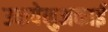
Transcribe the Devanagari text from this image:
उकपेनुअकाई